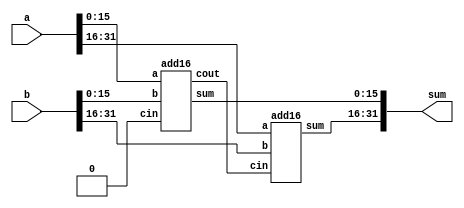
// This program was cloned from: https://github.com/BriceLucifer/DDCA-verilog
// License: MIT License

// https://hdlbits.01xz.net/wiki/Module_fadd

module top_module (
    input [31:0] a,
    input [31:0] b,
    output [31:0] sum
);

wire [15:0] z1;
wire [15:0] z2;
wire coutbig;
add16 s1(a[15:0],b[15:0],1'b0,z1,coutbig);
add16 s2(a[31:16],b[31:16],coutbig,z2,);

assign sum = {z2,z1};
//  add16 


// 1 top_module


endmodule

module add1( 
        input a, input b, input cin,
        output sum, output cout );

// Full adder module here
assign sum = a^b^cin;
assign cout = a&b | a&cin | b&cin;

endmodule

module add16 ( 
    input[15:0] a, input[15:0] b, input cin, 
    output[15:0] sum, output cout );
endmodule

// ---------------------
//  HDl  
// 
module halfadder (
    input a,input b,
    output s,output c
);
    assign s = a ^ b;
    // 
    assign c = a & b;
    // 
endmodule